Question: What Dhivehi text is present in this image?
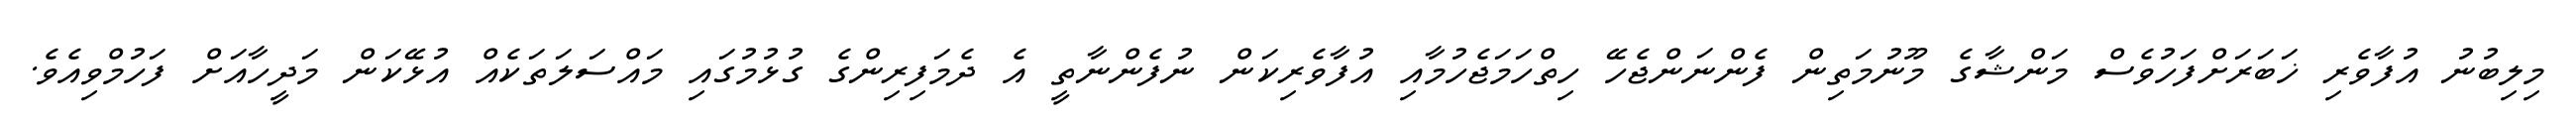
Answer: މިލިބުނު އުފާވެރި ޚަބަރަށްފަހުވެސް މަންޝާގެ މޫނުމަތިން ފެންނަންޖެހޭ ހިތްހަމަޖެހުމާއި އުފާވެރިކަން ނުފެންނާތީ އެ ދެމަފިރިންގެ ގުޅުމުގައި މައްސަލަތަކެއް އުޅޭކަން މަދީހާއަށް ފަހުމްވިއެވެ.